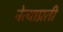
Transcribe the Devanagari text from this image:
नेत्याप्रती